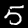
Digit: 5